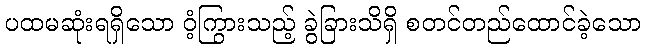
ပထမဆုံးရရှိသော ဝံ့ကြွားသည့် ခွဲခြားသိရှိ စတင်တည်ထောင်ခဲ့သော